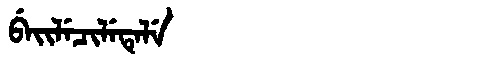
Manchu: ᠪᡝᡳᠯᡝᠴᡳᠯᡝᡨᡝᠯᡝ
Romanization: BEILECILETELE